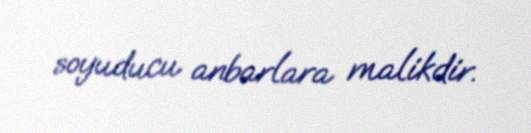
soyuducu anbarlara malikdir.